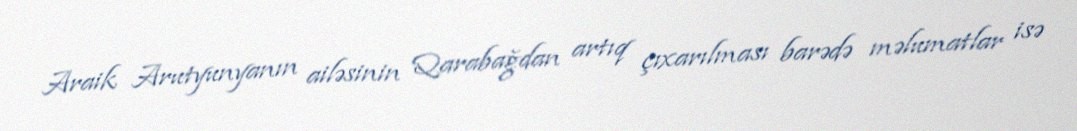
Araik Arutyunyanın ailəsinin Qarabağdan artıq çıxarılması barədə məlumatlar isə